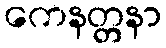
ကေနတ္တနာ